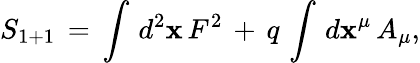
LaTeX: S_{1+1}\, =\, \int\, d^{2}\mathbf{x}\, F^{2}\, +\, q\, \int\, d\mathbf{x}^{\mu}\, A_{\mu},